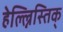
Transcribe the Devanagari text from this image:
हेल्ल्निस्तिक्